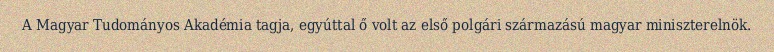
A Magyar Tudományos Akadémia tagja, egyúttal ő volt az első polgári származású magyar miniszterelnök.